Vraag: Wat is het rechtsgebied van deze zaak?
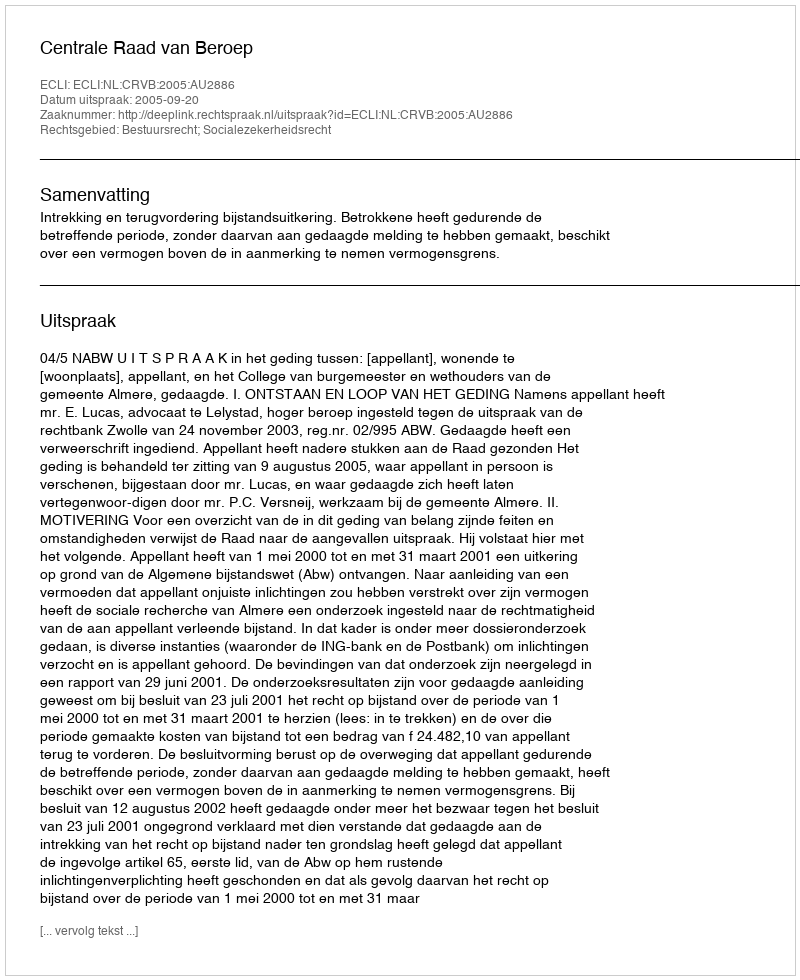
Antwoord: Bestuursrecht; Socialezekerheidsrecht